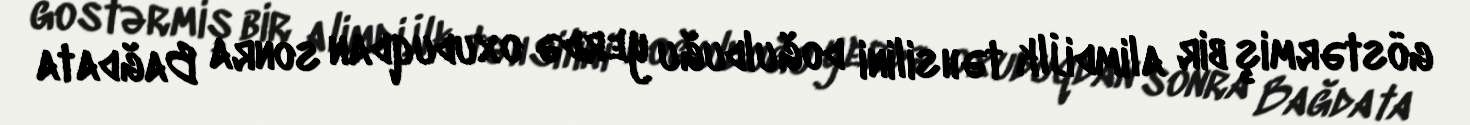
göstərmiş bir alimdi.İlk təhsilini doğulduğu yerdə oxuduqdan sonra Bağdata